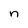
Character: n